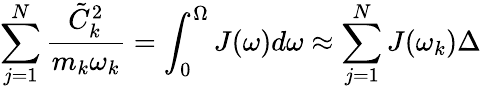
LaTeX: \sum_{j=1}^{N}\frac{\tilde{C}_{k}^{2}}{m_{k}\omega_{k}}=\int_{0}^{\Omega}J(\omega)d\omega\approx\sum_{j=1}^{N}J(\omega_{k})\Delta